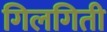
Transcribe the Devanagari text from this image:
गिलगिती